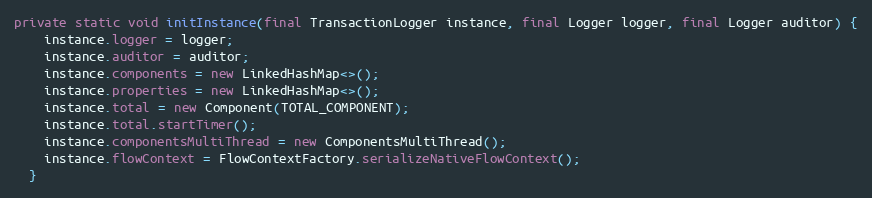
Language: Java
private static void initInstance(final TransactionLogger instance, final Logger logger, final Logger auditor) {
    instance.logger = logger;
    instance.auditor = auditor;
    instance.components = new LinkedHashMap<>();
    instance.properties = new LinkedHashMap<>();
    instance.total = new Component(TOTAL_COMPONENT);
    instance.total.startTimer();
    instance.componentsMultiThread = new ComponentsMultiThread();
    instance.flowContext = FlowContextFactory.serializeNativeFlowContext();
  }